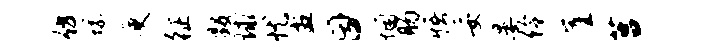
仿螺庾征毁球忧盆因悃肠悟妥晏伶崖莒